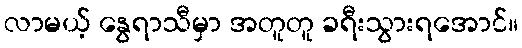
လာမယ့် နွေရာသီမှာ အတူတူ ခရီးသွားရအောင်။